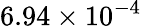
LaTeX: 6.94\times 10^{-4}